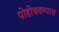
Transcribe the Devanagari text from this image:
पोहोचवण्यास